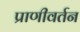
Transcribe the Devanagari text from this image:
प्राणीवर्तन